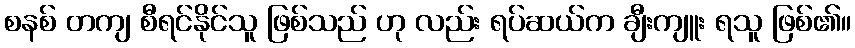
စနစ် တကျ စီရင်နိုင်သူ ဖြစ်သည် ဟု လည်း ရပ်ဆယ်က ချီးကျူး ရသူ ဖြစ်၏။